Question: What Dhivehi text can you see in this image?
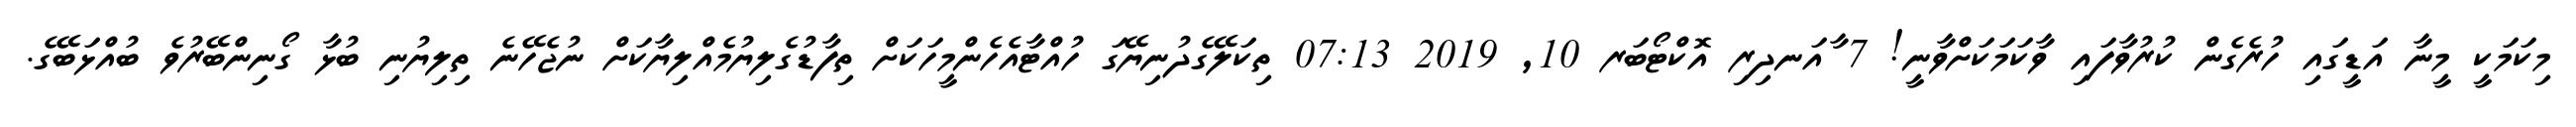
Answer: މިކަމަކީ މީނާ އަޑީގައި ހުރެގެން ކުރުވާފައި ވާކަމަކަށްވާނީ! 7 ާއަނދިރި އޮކްޓޯބަރ 10, 2019 07:13 ތިކަލޭގެދުނިޔޭގަ ހުއްޓާއެހެންމީހަކަށް ތިފާޑުގެލިޔުމެއްލިޔާކަށް ނުޖެހޭނެ ތިލިޔުނި ބުޅާ ގޯނިންބޭރުވެ ބުއްޅަބޭގެ.